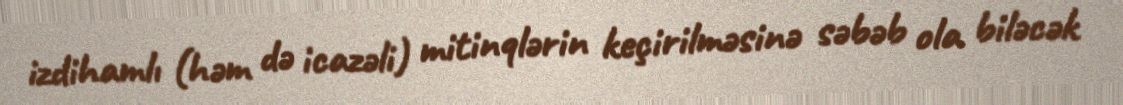
izdihamlı (həm də icazəli) mitinqlərin keçirilməsinə səbəb ola biləcək